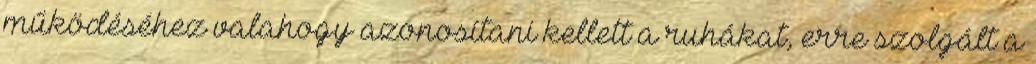
működéséhez valahogy azonosítani kellett a ruhákat, erre szolgált a